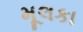
મૂલકા